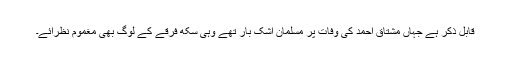
قابل ذکر ہے جہاں مشتاق احمد کی وفات پر مسلمان اشک بار تھے وہی سکھ فرقے کے لوگ بھی مغموم نظرآئے۔